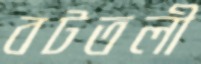
বটতলী